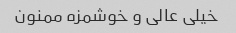
خیلی عالی و خوشمزه ممنون